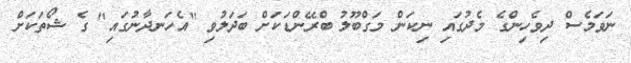
ނަވަމެސް ދިވެހިންގެ މެދުގައި ނިކަން މަގްބޫލު ބްރޭންޑަކަށް ބަދަލުވި "އެހަނދާނުގައި" ގެ ޝޯތަކަށް